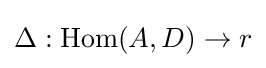
\Delta :\operatorname {Hom} (A,D)\to r